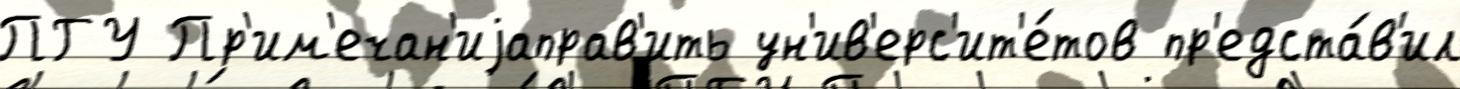
ПГУ Пр'им'ечан'иjаправ'ить ун'ив'ерс'ит'е́тов пр'едста́в'ил